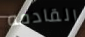
القادمه